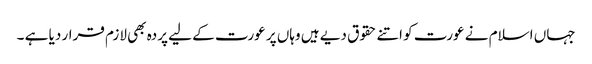
جہاں اسلام نے عورت کو اتنے حقوق دیے ہیں وہاں پر عورت کے لیے پردہ بھی لازم قرار دیا ہے ۔